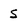
Character: S